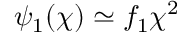
\psi _ { 1 } ( \chi ) \simeq f _ { 1 } \chi ^ { 2 }